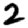
Digit: 2